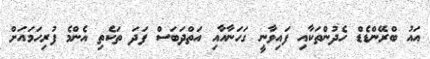
އައު ބްރޭންޑެޑް ހެދުންތަކާއި ފައިވާނީ ގަހަނާއާއި އަތްދަބަސް ފަދަ ތަކެތި އެންމެ ފުރިހަމައަށް